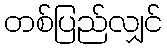
တစ်ပြည်လျှင်